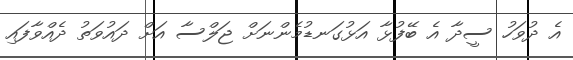
އެ ދުވަހު ސީދާ އެ ބޭފުޅާ އަޅުގަނޑުމެންނަށް ޖަލްސާ އަށް ދައުވަތު ދެއްވާފައި